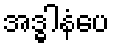
အဒ္ဓါနံပေ